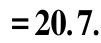
$=20.7$